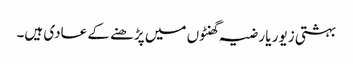
بہشتی زیور یا رضیہ گھنٹوں میں پڑھنے کے عادی ہیں۔